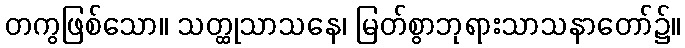
တကွဖြစ်သော။ သတ္ထုသာသနေ၊ မြတ်စွာဘုရားသာသနာတော်၌။